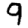
Digit: 9